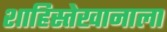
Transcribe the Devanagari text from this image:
शाहिस्तेखानाला